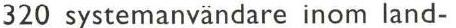
320 systemanvändare inom land-